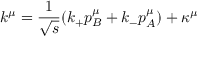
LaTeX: k ^ { \mu } = { \frac { 1 } { \sqrt s } } ( k _ { + } p _ { B } ^ { \mu } + k _ { - } p _ { A } ^ { \mu } ) + \kappa ^ { \mu }